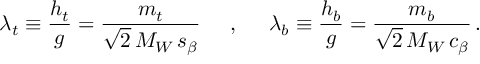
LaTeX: \lambda _ { t } \equiv { \frac { h _ { t } } { g } } = { \frac { m _ { t } } { \sqrt { 2 } \, M _ { W } \, s _ { \beta } } } \; \; \; \; \; , \; \; \; \; \; \lambda _ { b } \equiv { \frac { h _ { b } } { g } } = { \frac { m _ { b } } { \sqrt { 2 } \, M _ { W } \, c _ { \beta } } } \, .